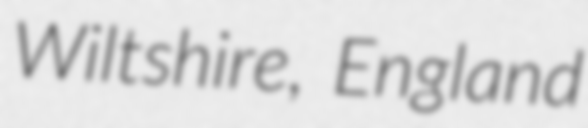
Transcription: Wiltshire, England